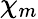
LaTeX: \chi_{m}